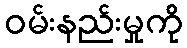
ဝမ်းနည်းမှုကို